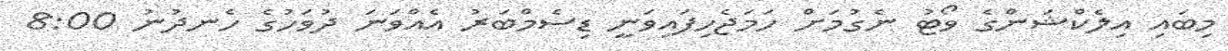
މިބައި އިލެކްޝަންގެ ވޯޓު ނެގުމަށް ހަމަޖެހިފައިވަނީ ޑިސެމްބަރު އެއްވަނަ ދުވަހުގެ ހެނދުނު 8:00